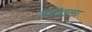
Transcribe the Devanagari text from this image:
डबीतला